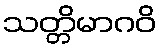
သတ္တိမာဂဝိ